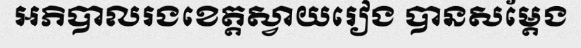
អភិបាលរងខេត្តស្វាយរៀង បានសម្តែង